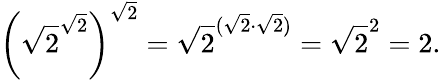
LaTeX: \left({\sqrt{2}}^{\sqrt{2}}\right)^{\sqrt{2}}={\sqrt{2}}^{({\sqrt{2}}\cdot{\sqrt{2}})}={\sqrt{2}}^{2}=2.